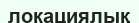
локациялық